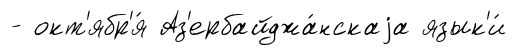
- окт'ябр'я́ Аз'ербайджа́нскаjа язык'и́